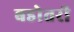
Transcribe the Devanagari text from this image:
बडोतरी